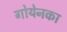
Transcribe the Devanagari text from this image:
गोयेनका